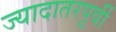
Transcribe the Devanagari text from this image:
ज्यादातरपूर्वी